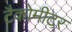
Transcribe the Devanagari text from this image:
टैकोमीटर